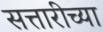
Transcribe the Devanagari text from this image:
सत्तारीच्या